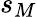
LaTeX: s_{M}